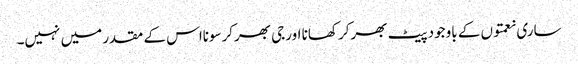
ساری نعمتوں کے باوجود پیٹ بھرکر کھانا اورجی بھرکرسونااس کے مقدر میں نہیں۔